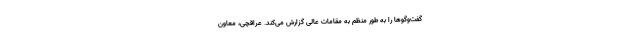
گفت‌وگوها را به طور منظم به مقامات عالی گزارش می‌کند. عراقچی، معاون